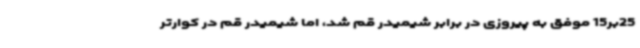
25بر15 موفق به پیروزی در برابر شیمیدر قم شد، اما شیمیدر قم در کوارتر